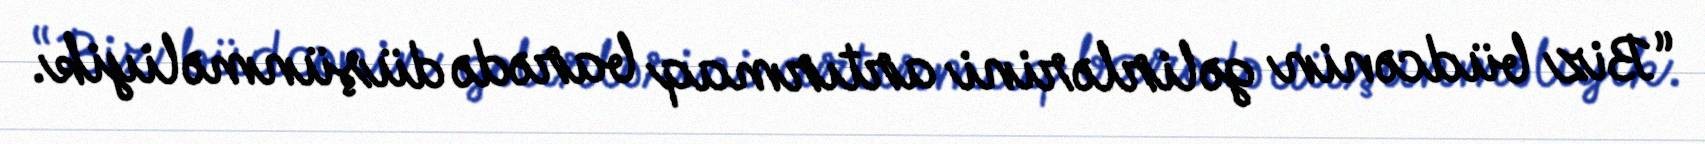
“Biz büdcənin gəlirlərini artırmaq barədə düşünməliyik.